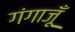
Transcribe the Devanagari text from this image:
गंगाजूँ